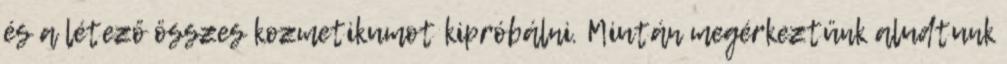
és a létező összes kozmetikumot kipróbálni. Miután megérkeztünk aludtunk